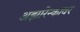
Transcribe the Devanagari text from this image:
अझारेन्कावर